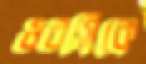
ওরসিকে